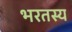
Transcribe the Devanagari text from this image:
भरतस्य